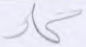
كاد